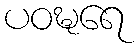
ပဝဍ္ဎရေ